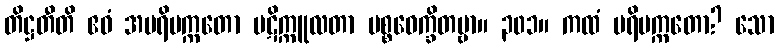
တိဋ္ဌတီတိ ဧဝံ အပရိပက္ကတော ပဋိက္ကူလတာ ပစ္စဝေက္ခိတဗ္ဗာ။ ၃၀၁။ ကထံ ပရိပက္ကတော? သော